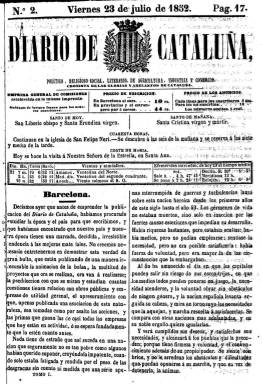
Título: Diario de Cataluña (Barcelona. 1852)
Colección: Periódicos
Ámbito geográfico: Barcelona
Lugar de publicación: Barcelona
Fechas: 23/07/1852-25/04/1853

Publica su primer número el 22 de julio de 1852 y es considerado continuación del diario El Sol, que había estado publicándose hasta el día anterior. Forma parte del conjunto de periódicos que el moderantismo barcelonés venía editando antes incluso del comienzo de la denominada Década Moderada (1844-1854), como había sido el también diario El Imparcial (1842-1844). Aparece este título coincidiendo con el cambio de propiedad de El Sol, continuando como editor responsable Narcís Ramírez i Rialp, uno de los principales impresores barceloneses de estas décadas, en cuyo establecimiento tipográfico de la calle Escudellers, 40, se estampará.

Lleva el subtítulo de “político, religioso-social, literario, de agricultura, industria y comercio” y con el lema “cronista de las glorias y adelantos de Cataluña” continúa con su defensa de los intereses empresariales y materiales barceloneses desde una posición proteccionista. Durante el otoño de ese año 1852 recoge en sus páginas la polémica desatada, respecto a la estadística de la producción catalana y las de las otras regiones españolas, entre los políticos y economistas Juan Güell i Ferrer (1800-1872), destacado defensor del proteccionismo económico, y Laureano Figuerola (1816-1903).

Diario de Cataluña, que llevará estampado en su cabecera un grabado con el escudo catalán, criticará severamente el progresismo del diario El Barcelonés (1845-1855), rehuyendo sus redactores, en abril de 1853, del desafío a duelo al que se vieron sometidos.

A diferencia de su predecesor, que era estampado en gran folio, este nuevo diario reduce en gran medida su formato, hasta el 8º, aumentando considerablemente su número de páginas, hasta las dieciséis, que son compuestas a dos columnas, al objeto de hacerlo más manejable para sus lectores. Aumenta también su número de redactores y baja el precio de suscripción.

Comienza, generalmente, con el artículo editorial (bajo el epígrafe Barcelona), y sus contenidos se estructuran en las siguientes secciones: Gacetilla (con notas locales), Espíritu de la prensa, Correspondencia, Parte religiosa (biografía del santo del día y el culto), Crónica artística, Anuncios oficiales (orden de la plaza y convocatorias de actos de entidades), Anuncios judiciales (crónica de tribunales), Parte comercial (entradas y salidas de buques y mercancías de diversos puertos, no solo españoles, sino extranjeros, entre ellos los sudamericanos; cotizaciones de las bolsas de Madrid, París o Londres, y cambios monetarios), Correo de Madrid (subdividido en Parte oficial y Parte no oficial), Correo extranjero, Anuncios particulares (publicidad comercial, que llega a ocupar hasta cuatro planas) y Diversiones públicas (programación teatral).

La colección de este título en la Biblioteca Nacional de España está incompleta, comienza con su número 2, de 23 de julio de 1853, y acaba en el número 276, correspondiente al 25 de abril de 1853, y último que publica, pues este mismo día aparece Diario de la tarde, que lo sustituye. La foliación de sus entregas es continuada y llega hasta la página 3.624.